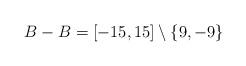
LaTeX: \begin{align*}B - B = [-15,15] \setminus \{ 9, -9 \}\end{align*}